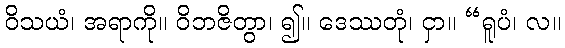
ဝိသယံ၊ အရာကို။ ဝိဘဇိတွာ၊ ၍။ ဒေဿတုံ၊ ငှာ။ “ရူပံ၊ လ။